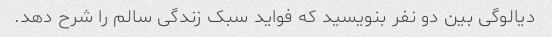
دیالوگی بین دو نفر بنویسید که فواید سبک زندگی سالم را شرح دهد.